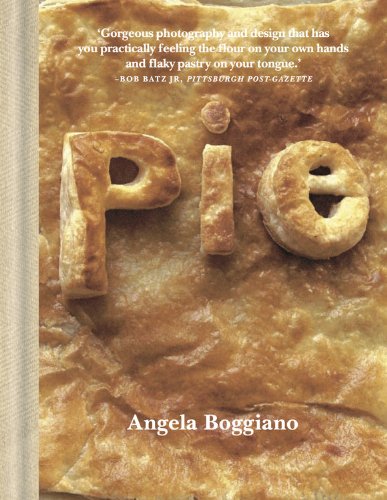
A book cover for Pie; Angela Boggiano; Cookbooks, Food & Wine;